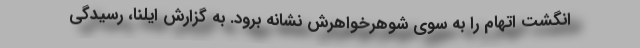
انگشت اتهام را به سوی شوهرخواهرش نشانه برود. به‌ گزارش ایلنا، رسیدگی